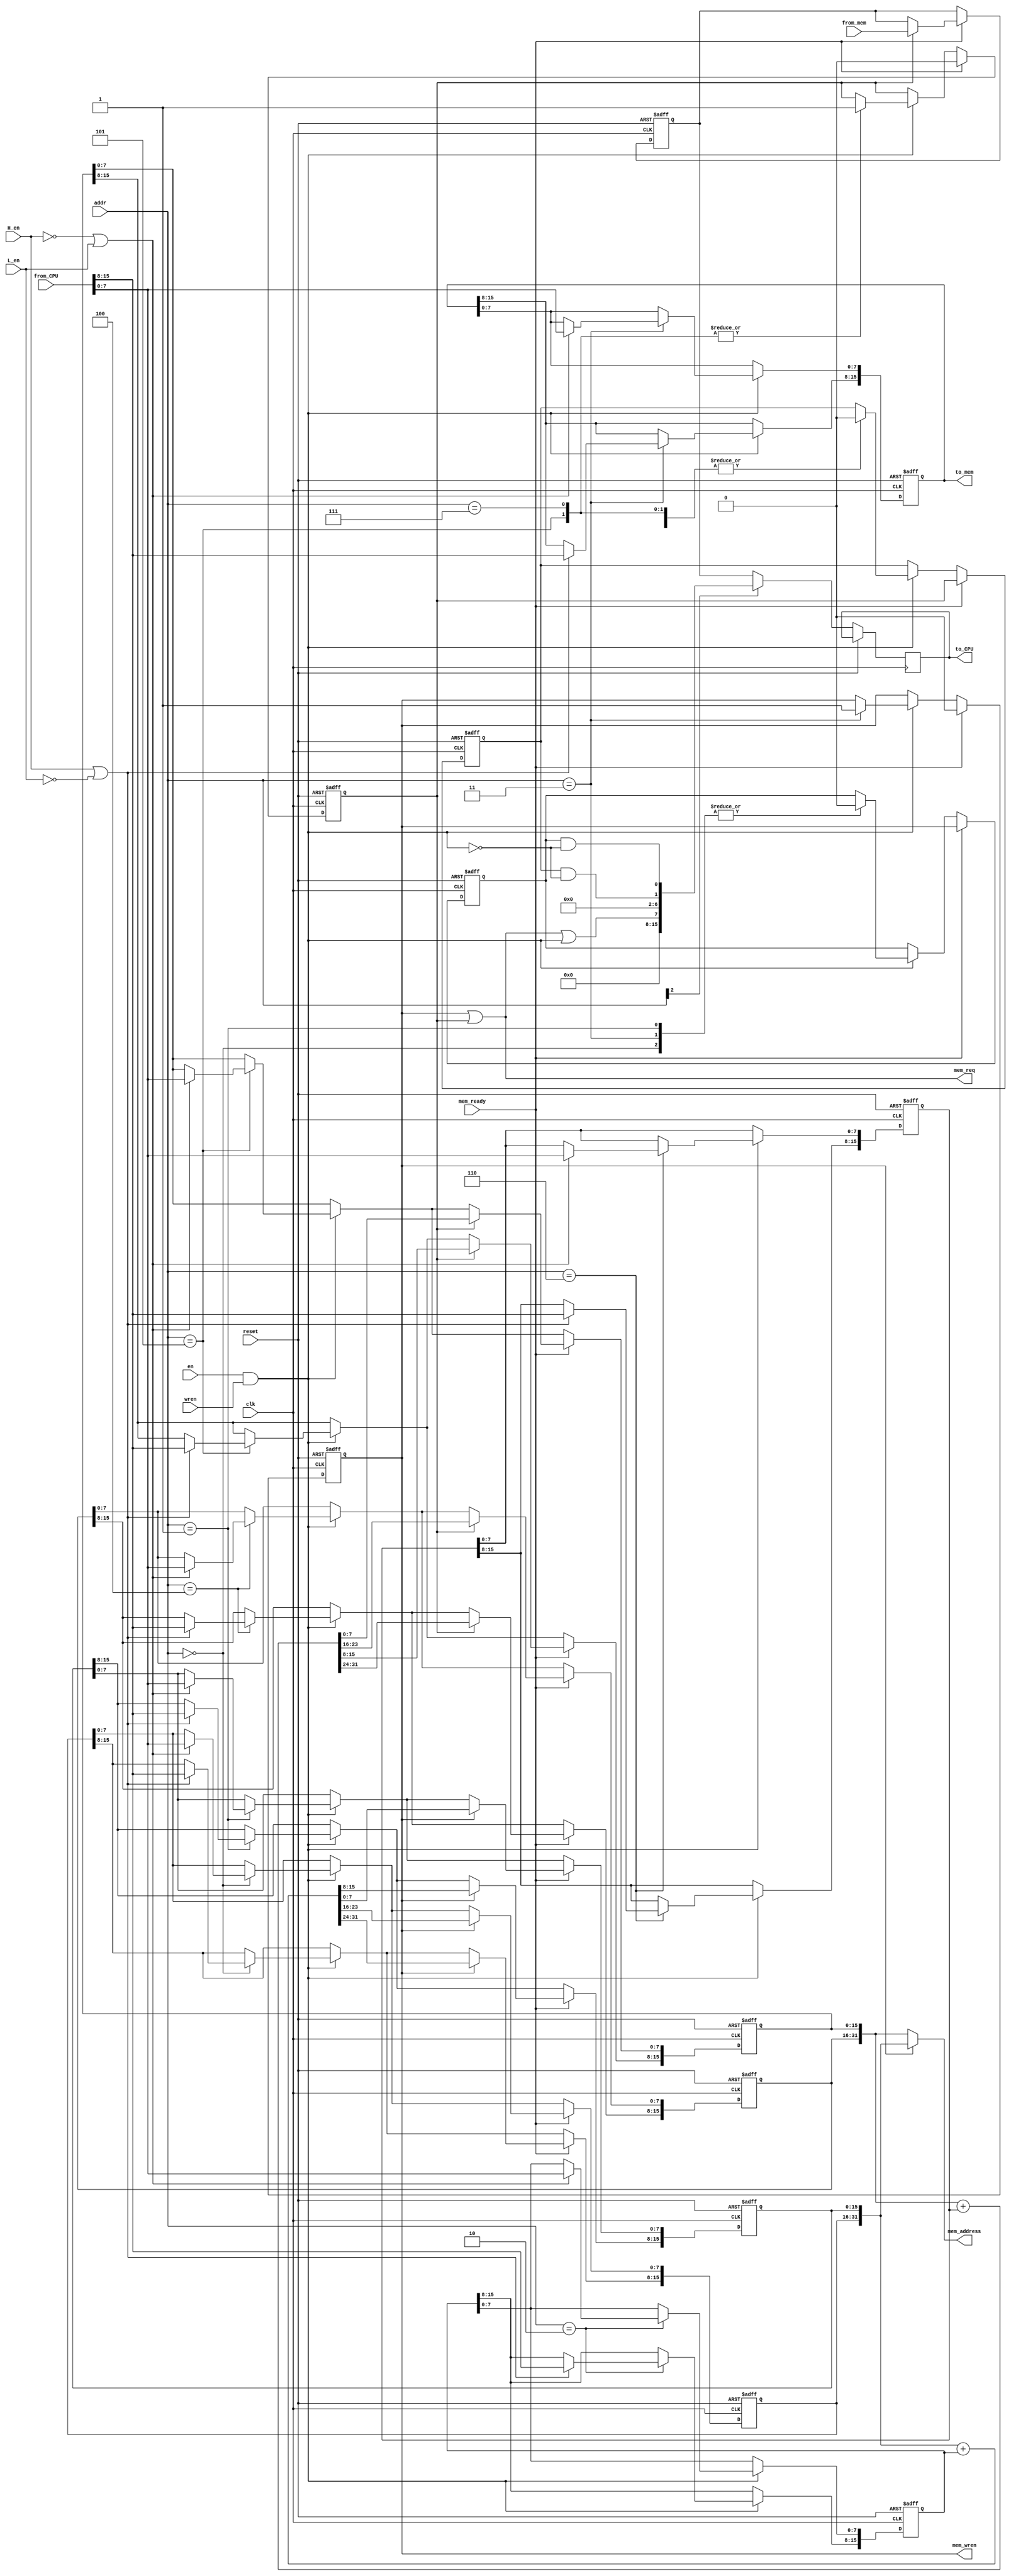
//Address map:
//	0x0: write address high
//	0x1: write address low
//	0x2: write address increment
//	0x3: mem data (read and write)
//	0x4: read address high
//	0x5: read address low
//	0x6: read address increment
//	0x7: status
//Status bits:
//	bit 0: write ready
//	bit 1: read ready
//	bits 2 to 6: reserved
//	bit 7: busy flag
//	bits 8 to 15: unused

//Write is triggered by writing to the mem data register
//Read is triggered by writing to the status register or the read address low register
//Write ready flag is cleared by writing to the write address or data registers.
//Read ready flag is cleared by writing to the read address or status registers.
module IOMM(
		input wire clk,
		input wire reset,
		//CPU IO interface
		input wire[2:0] addr,
		input wire en,
		input wire wren,
		input wire H_en,
		input wire L_en, 
		input wire[15:0] from_CPU,
		output reg[15:0] to_CPU,
		//Memory interface
		output wire[31:0] mem_address,
		output wire[15:0] to_mem,
		input wire[15:0] from_mem,
		output wire mem_req,
		output wire mem_wren,
		input wire mem_ready
	);

	reg[15:0] write_address_high;
	reg[15:0] write_address_low;
	reg[15:0] write_increment;
	reg[15:0] write_data;

	reg[15:0] read_address_high;
	reg[15:0] read_address_low;
	reg[15:0] read_increment;
	reg[15:0] read_data;

	reg read_active;
	reg write_active;
	reg read_ready;
	reg write_ready;

	wire high_enable;
	wire low_enable;
	wire write_enable;
	
	wire[7:0] status;

	assign high_enable = (H_en | ~L_en);
	assign low_enable = (~H_en | L_en);
	assign write_enable = en & wren;

	assign mem_address = write_active ? {write_address_high, write_address_low} : {read_address_high, read_address_low};
	assign to_mem = write_data;
	assign mem_req = write_active | read_active;
	assign mem_wren = write_active;
	
	assign status = {(read_active | write_active | write_enable), 5'h00, (read_ready & ~write_enable), (write_ready & ~write_enable)};

	always @(posedge clk or posedge reset)
	begin
		if(reset)
		begin
			write_address_high <= 16'h0000;
			write_address_low <= 16'h0000;
			write_increment <= 16'h0000;
			write_data <= 16'h0000;
			read_address_high <= 16'h0000;
			read_address_low <= 16'h0000;
			read_increment <= 16'h0000;
			read_data <= 16'h0000;
			read_active <= 1'b0;
			write_active <= 1'b0;
			read_ready <= 1'b0;
			write_ready <= 1'b0;
		end
		else
		begin
			to_CPU <= addr[2] ? {8'h00, status} : read_data;
			if(write_enable)
			begin
				case(addr)
					3'h0:	//write address high
					begin
						if(high_enable)
							write_address_high[15:8] <= from_CPU[15:8];
						if(low_enable)
							write_address_high[7:0] <= from_CPU[7:0];
						write_ready <= 1'b0;
					end
					3'h1:	//write address low
					begin
						if(high_enable)
							write_address_low[15:8] <= from_CPU[15:8];
						if(low_enable)
							write_address_low[7:0] <= from_CPU[7:0];
						write_ready <= 1'b0;
					end
					3'h2:	//write address increment
					begin
						if(high_enable)
							write_increment[15:8] <= from_CPU[15:8];
						if(low_enable)
							write_increment[7:0] <= from_CPU[7:0];
					end
					3'h3:	//write data
					begin
						if(high_enable)
							write_data[15:8] <= from_CPU[15:8];
						if(low_enable)
							write_data[7:0] <= from_CPU[7:0];
						write_active <= 1'b1;
						write_ready <= 1'b0;
					end
					3'h4:	//read address high
					begin
						if(high_enable)
							read_address_high[15:8] <= from_CPU[15:8];
						if(low_enable)
							read_address_high[7:0] <= from_CPU[7:0];
						read_ready <= 1'b0;
					end
					3'h5:	//read address low
					begin
						if(high_enable)
							read_address_low[15:8] <= from_CPU[15:8];
						if(low_enable)
							read_address_low[7:0] <= from_CPU[7:0];
						read_active <= 1'b1;
						read_ready <= 1'b0;
					end
					3'h6:	//read address increment
					begin
						if(high_enable)
							read_increment[15:8] <= from_CPU[15:8];
						if(low_enable)
							read_increment[7:0] <= from_CPU[7:0];
					end
					3'h7:	//status
					begin
						read_active <= 1'b1;
						read_ready <= 1'b0;
					end
				endcase // addr
			end

			if(mem_ready)
			begin
				read_active <= 1'b0;
				write_active <= 1'b0;
				read_ready <= read_active;
				write_ready <= write_active;
				if(read_active)
				begin
					{read_address_high, read_address_low} <= {read_address_high, read_address_low} + {16'h0000, read_increment};
					read_data <= from_mem;
				end
				if(write_active)
				begin
					{write_address_high, write_address_low} <= {write_address_high, write_address_low} + {16'h0000, write_increment};
				end
			end
		end
	end

endmodule	//IOMM